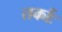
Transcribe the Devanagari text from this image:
तर्काः